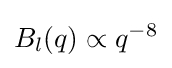
B_{l}(q)\propto q^{-8}